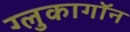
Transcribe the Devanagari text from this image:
ग्लुकागॉन